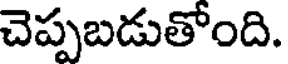
చెప్పబడుతోంది.